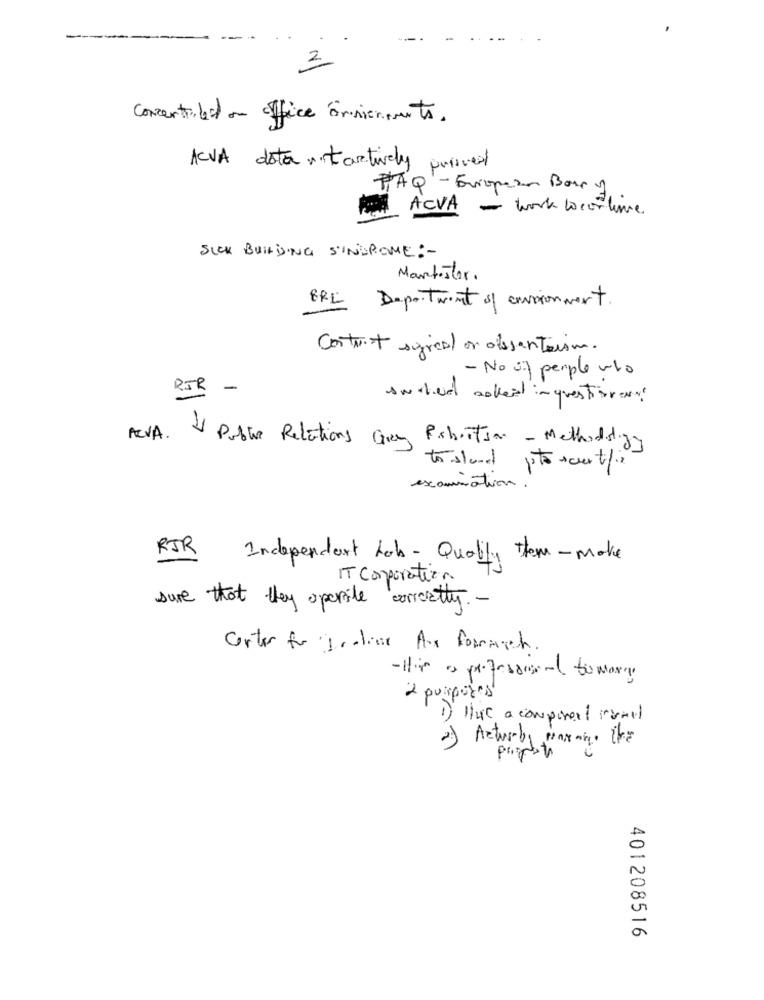
concertibid on office onsionents.
prisces
KVA dota, tartively
PAQ - European Borry
ACVA - work locortime
SICK BUILDING SINDROME :-
Martister.
ERC Department of convionment
Contro+ sgres or desantaism.
- No új perple uro
RIR -
swdied aokeit in questivery!
ACVA. V Public Relations Gray Robertson - Methodology
tostand ptorcertifie
examination.
RJR
Independent Lob - Quality them -make
IT Corporation
sure that they operate correctly .-
Center for Traline As formarch.
2 purposes
1) Hue a componer isall
2) Actual, paran the
401208516